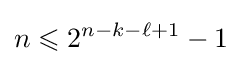
n\leqslant 2^{n-k-\ell +1}-1